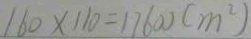
1 6 0 \times 1 1 0 = 1 7 6 0 0 ( m ^ { 2 } )